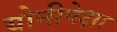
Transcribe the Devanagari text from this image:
योनीपेक्षा